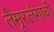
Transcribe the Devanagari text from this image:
तैमूरलंगाची